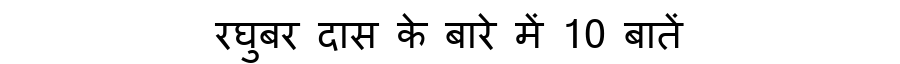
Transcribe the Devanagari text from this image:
रघुबर दास के बारे में 10 बातें